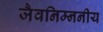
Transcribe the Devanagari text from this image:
जैवनिम्ननीय